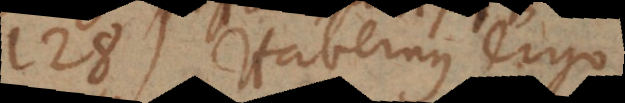
128) Habemus ergo